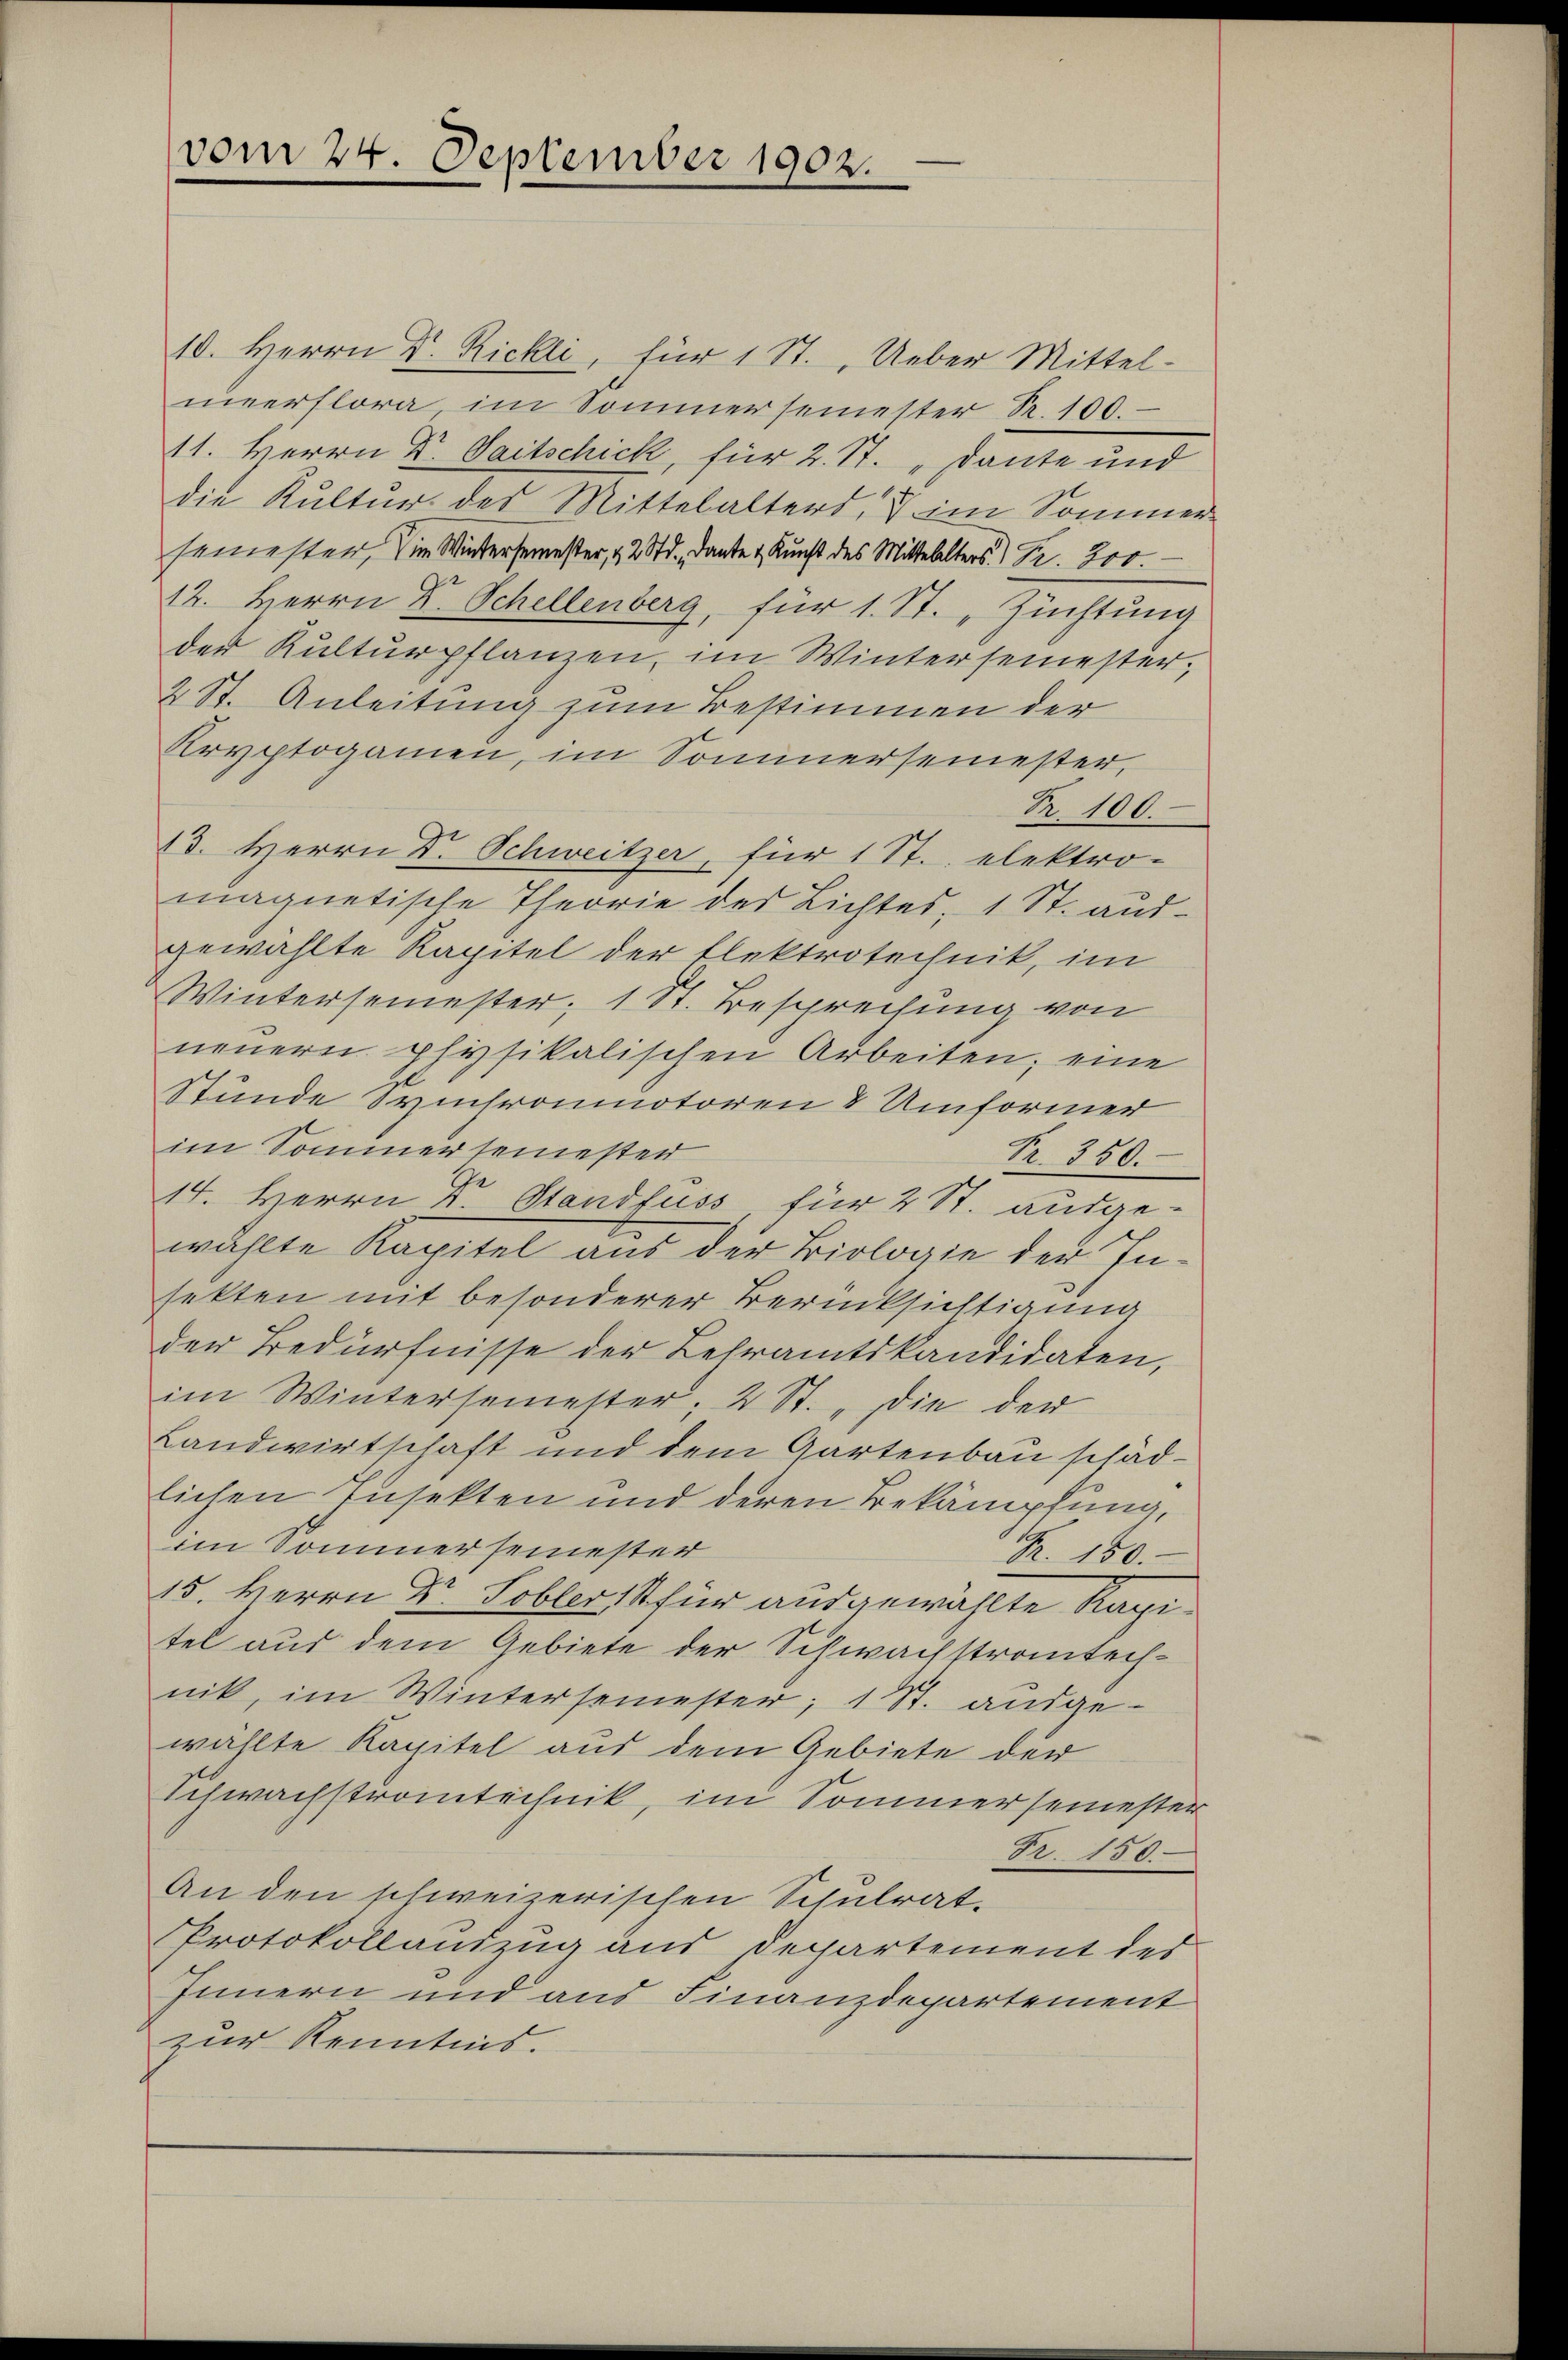
vom 24. September 1902.

10. Herrn Dr. Rickli, für 1 St. Ueber Mittel-
meerflora im Sommersemester S. 100.
11. Herrn Dr. Saitschick, für 2. St. „Dante und
.
die Kultur des Mittelalters, im Sommer
semester, die Wintersemester, & 2 Std., Dante & Kunst des Mittelalters) Fr. 200.
12. Herrn Dr. Schellenberg, für 1. St. „Züchtung
der Kulturpflanzen, im Wintersemester,
2 St. Anleitung zum Bestimmen der
Kryptogamen, im Sommersemester,
Fr. 100.
13. Herrn Dr. Schweitzer, für 1 St. elektro-
magnetische Theorie der Lichtes, 1 St. andgewählte Kapitel der Elektrotechnik, im
Wintersemester; 1 St. Besprechung von
neuern physikalischen Arbeiten; eine
Stunde Synchroumotoren & Umformer
im Sommersemester
Nr. 350.
14. Herrn Dr. Standfuss, für 2 St. ausge-
wählte Kapitel aus der Biologie der In-
fekten mit besonderer Berücksichtigung
der Bedürfnisse der Lehramtskandidaten,
im Wintersemester, 2 St. „Die der
Landwirtschaft und dem Gartenbau schädlichen Insekten und deren Bekämpfung,
im Sommersemester
R. 150.
15. Herrn Dr. Sobler für ausgewählte Kapitel aus dem Gebiete der Schwachstrontechnik, im Wintersemester, 1 St. ausgewählte Kapitel aus dem Gebiete der
Schwachstrontechnik, im Sommersemester
Fr. 150
An den schweizerischen Schulrat
Protokollauszug aus Departement des
Innern und aus Finanzdepartement
zur Kenntnis.